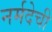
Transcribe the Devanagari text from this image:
नर्मदेची